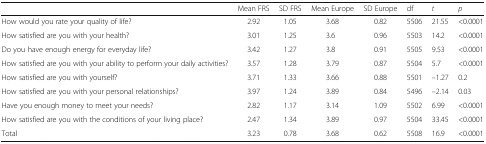
<table><thead><tr><td></td><td><b>Mean FRS</b></td><td><b>SD FRS</b></td><td><b>Mean Europe</b></td><td><b>SD Europe</b></td><td><b>df</b></td><td><b><i>t</i></b></td><td><b><i>p</i></b></td></tr></thead><tbody><tr><td>How would you rate your quality of life?</td><td>2.92</td><td>1.05</td><td>3.68</td><td>0.82</td><td>5506</td><td>21.55</td><td>&lt;0.0001</td></tr><tr><td>How satisfied are you with your health?</td><td>3.01</td><td>1.25</td><td>3.6</td><td>0.96</td><td>5503</td><td>14.2</td><td>&lt;0.0001</td></tr><tr><td>Do you have enough energy for everyday life?</td><td>3.42</td><td>1.27</td><td>3.8</td><td>0.91</td><td>5505</td><td>9.53</td><td>&lt;0.0001</td></tr><tr><td>How satisfied are you with your ability to perform your daily activities?</td><td>3.57</td><td>1.28</td><td>3.79</td><td>0.87</td><td>5504</td><td>5.7</td><td>&lt;0.0001</td></tr><tr><td>How satisfied are you with yourself?</td><td>3.71</td><td>1.33</td><td>3.66</td><td>0.88</td><td>5501</td><td>–1.27</td><td>0.2</td></tr><tr><td>How satisfied are you with your personal relationships?</td><td>3.97</td><td>1.24</td><td>3.89</td><td>0.84</td><td>5496</td><td>–2.14</td><td>0.03</td></tr><tr><td>Have you enough money to meet your needs?</td><td>2.82</td><td>1.17</td><td>3.14</td><td>1.09</td><td>5502</td><td>6.99</td><td>&lt;0.0001</td></tr><tr><td>How satisfied are you with the conditions of your living place?</td><td>2.47</td><td>1.34</td><td>3.89</td><td>0.97</td><td>5504</td><td>33.45</td><td>&lt;0.0001</td></tr><tr><td>Total</td><td>3.23</td><td>0.78</td><td>3.68</td><td>0.62</td><td>5508</td><td>16.9</td><td>&lt;0.0001</td></tr></tbody></table>